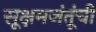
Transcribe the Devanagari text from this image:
सूक्षमजंतूंची